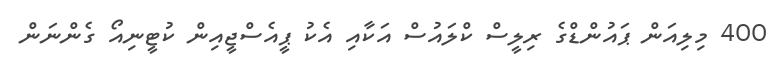
400 މިލިއަން ޕައުންޑްގެ ރިލީސް ކްލައުސް އަކާއި އެކު ޕީއެސްޖީއިން ކުޓީނިއޯ ގެންނަން